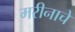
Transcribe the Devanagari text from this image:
मरीनाचे